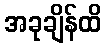
အခုချိန်ထိ